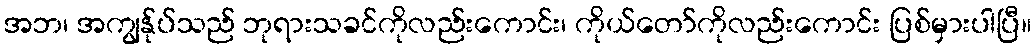
အဘ၊ အကျွန်ုပ်သည် ဘုရားသခင်ကိုလည်းကောင်း၊ ကိုယ်တော်ကိုလည်းကောင်း ပြစ်မှားပါပြီ။